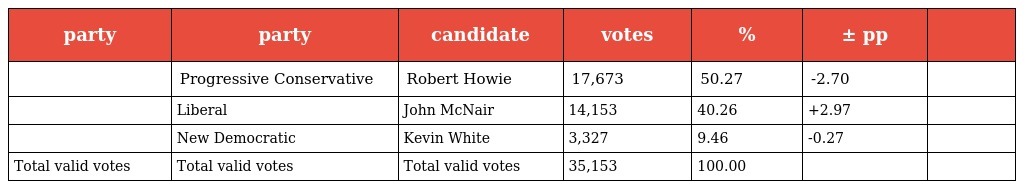
| party | party | candidate | votes | % | ± pp |  |
 | --- | --- | --- | --- | --- | --- | --- |
 |  | Progressive Conservative | Robert Howie | 17,673 | 50.27 | -2.70 |  |
 |  | Liberal | John McNair | 14,153 | 40.26 | +2.97 |  |
 |  | New Democratic | Kevin White | 3,327 | 9.46 | -0.27 |  |
 | Total valid votes | Total valid votes | Total valid votes | 35,153 | 100.00 |  |  |